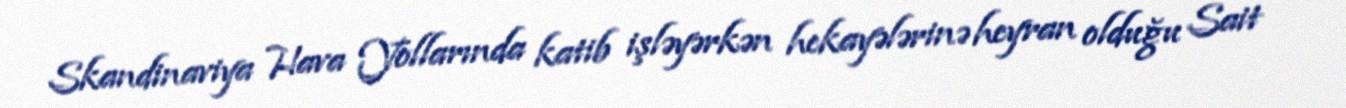
Skandinaviya Hava Yollarında katib işləyərkən hekayələrinə heyran olduğu Sait